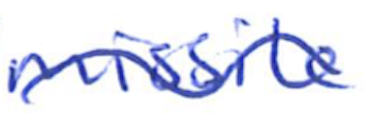
Text: missile
Cross-out: wave
Writing tool: ballpoint